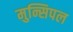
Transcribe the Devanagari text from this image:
मुन्सिपल